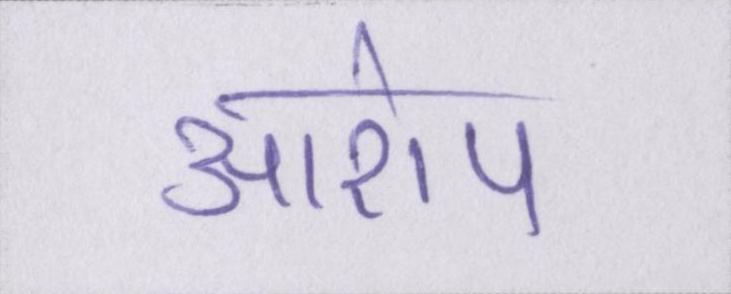
आरोप